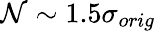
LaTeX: \mathcal{N}\sim 1.5\sigma_{orig}